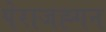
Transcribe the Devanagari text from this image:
पेराजह्गन